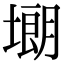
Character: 㙟